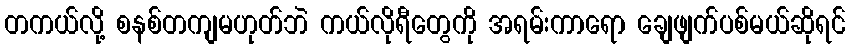
တကယ်လို့ စနစ်တကျမဟုတ်ဘဲ ကယ်လိုရီတွေကို အရမ်းကာရော ချေဖျက်ပစ်မယ်ဆိုရင်